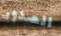
الصدور